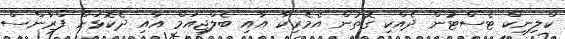
ކްލިނިކް ޓެސްޓުން ދެއްކި ގޮތުން އެމެރިކާ އާއި ބެލްޖިއަމް އާއި ދެކޮޅަށް ފްރާންސް